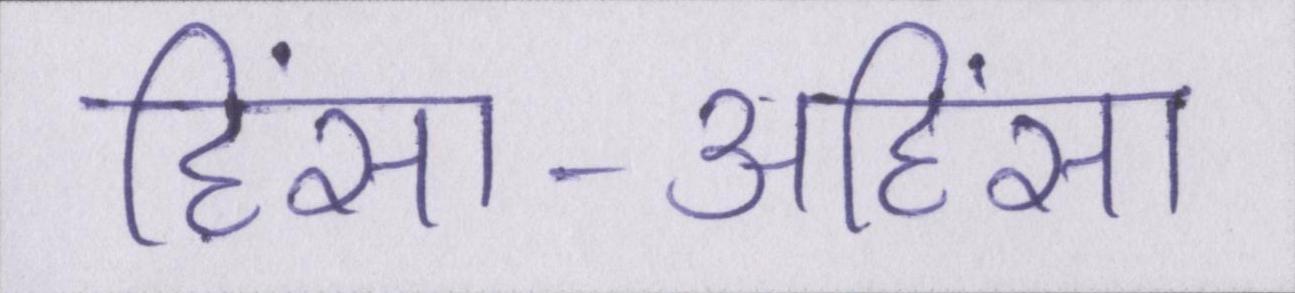
हिंसा-अहिंसा